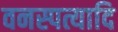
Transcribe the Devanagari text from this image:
वनस्पत्यादि